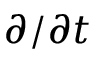
\partial / \partial t